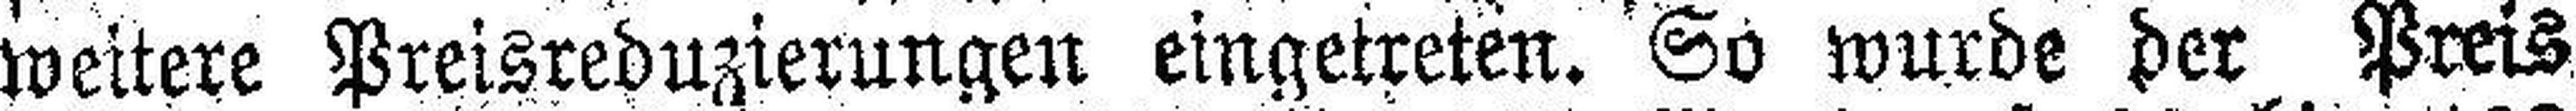
weitere Preisreduzierungen eingetreten. So wurde her Preis